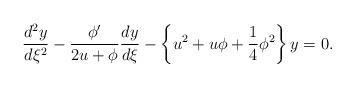
LaTeX: \begin{align*}\frac{d^{2}y}{d\xi ^{2}}-\frac{{\phi }^{\prime }}{2u+\phi }\frac{dy}{d\xi }-\left\{ {u^{2}+u\phi +\frac{1}{4}\phi ^{2}}\right\} y=0. \end{align*}